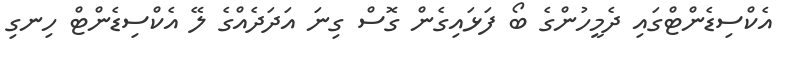
އެކްސިޑެންޓްގައި ދެމީހުންގެ ބޯ ފަޅައިގެން ގޮސް ގިނަ އަދަދެއްގެ ލޭ އެކްސިޑެންޓް ހިނގި